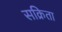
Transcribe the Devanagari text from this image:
सक्रिता